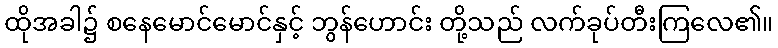
ထိုအခါ၌ စနေမောင်မောင်နှင့် ဘွန်ဟောင်း တို့သည် လက်ခုပ်တီးကြလေ၏။